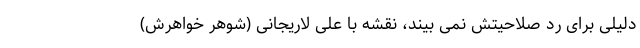
دلیلی برای رد صلاحیتش نمی بیند، نقشه با علی لاریجانی (شوهر خواهرش)